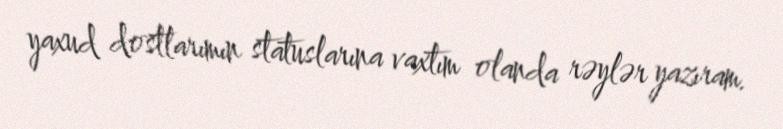
yaxud dostlarımın statuslarına vaxtım olanda rəylər yazıram.